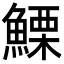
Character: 𩺤